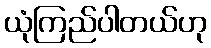
ယုံကြည်ပါတယ်ဟု